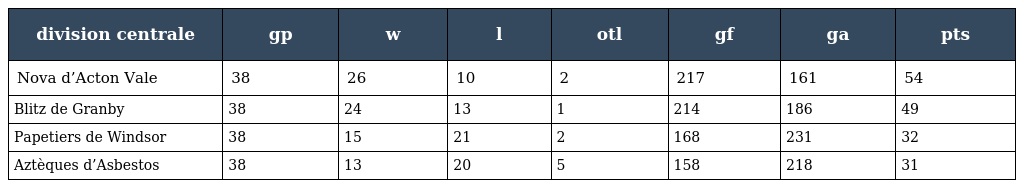
| division centrale | gp | w | l | otl | gf | ga | pts |
 | --- | --- | --- | --- | --- | --- | --- | --- |
 | Nova d’Acton Vale | 38 | 26 | 10 | 2 | 217 | 161 | 54 |
 | Blitz de Granby | 38 | 24 | 13 | 1 | 214 | 186 | 49 |
 | Papetiers de Windsor | 38 | 15 | 21 | 2 | 168 | 231 | 32 |
 | Aztèques d’Asbestos | 38 | 13 | 20 | 5 | 158 | 218 | 31 |